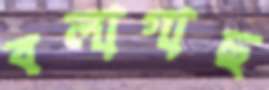
বলাগাছ